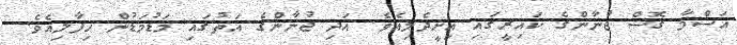
އަސްމާ ގޮސް ޖުނާންގެ ކައިރީގައި އިށީދެލިއެވެ. އަދި ޖުނާންގެ އަތުގައި މަޑުމަޑުން ހިފާލިއެވެ.